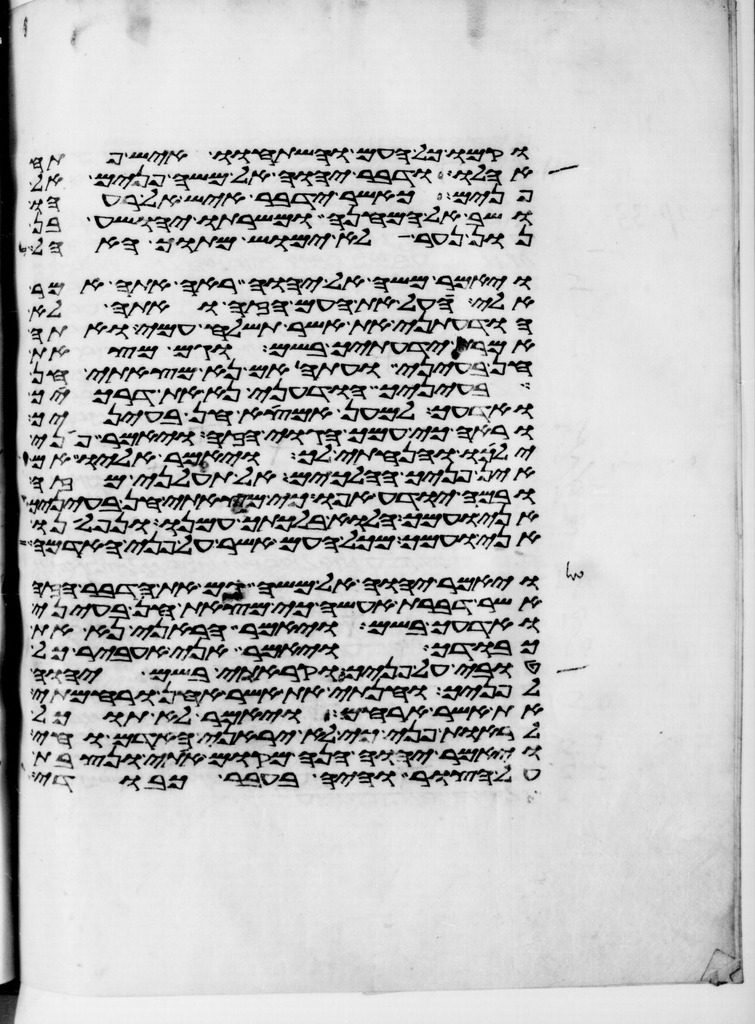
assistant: וקמו כל העם והשתחוו איש פתח
אהלו ודבר יהוה אל משה פנים אל
פנים כאשר ידבר איש אל רעהו
ושב אל המחנה ומשרתו יהושע בן
נון נער לא ימוש מתוך האהל
ויאמר משה אל יהוה ראה אתה אמר
אלי העל את העם הזה ואתה לא
הודעתני את אשר תשלח עמי ואתה
אמרת ידעתיך בשם וגם מצאת
חן בעיני ועתה אם נא מצאתי חן
בעיניך הודעני נא את דרכיך
ואדעך למען אמצא חן בעיניך
וראה כי עמך הגוי הזה ויאמר פני
ילכו והנחתי לך ויאמר אליו אם
אין פניך הלכים אל תעלני מזה
ובמה יודע אפוא כי מצאתי חן בעיניך
אני ועמך הלוא בלכתך עמנו ונפלאנו
אני ועמך מכל העם אשר על פני האדמה
ויאמר יהוה אל משה גם את הדבר הזה
אשר דברת אעשה כי מצאת חן בעיני
ואדעך בשם ויאמר הראני נא את
כבודך ויאמר אני אעביר כל
טובי על פניך וקראתי בשם יהוה
לפניך וחנתי את אשר אחן ורחמתי
את אשר ארחם ויאמר לא תוכל
לראות פני כי לא יראני האדם וחי
ויאמר יהוה הנה מקום אתי ונצבת
על הצור והיה בעבר כבודי